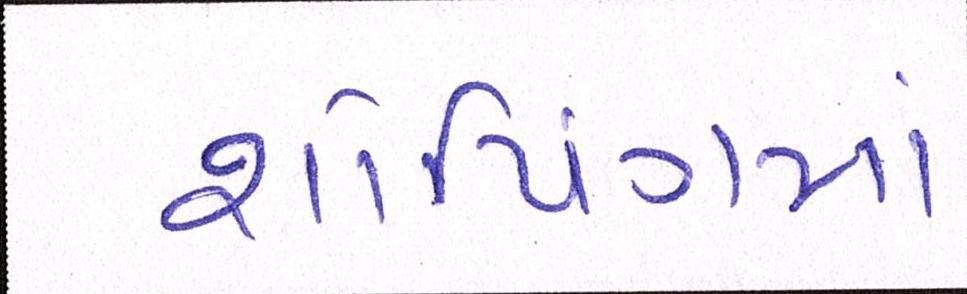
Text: શોપિંગમાં